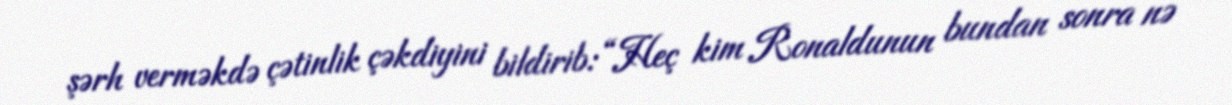
şərh verməkdə çətinlik çəkdiyini bildirib: “Heç kim Ronaldunun bundan sonra nə